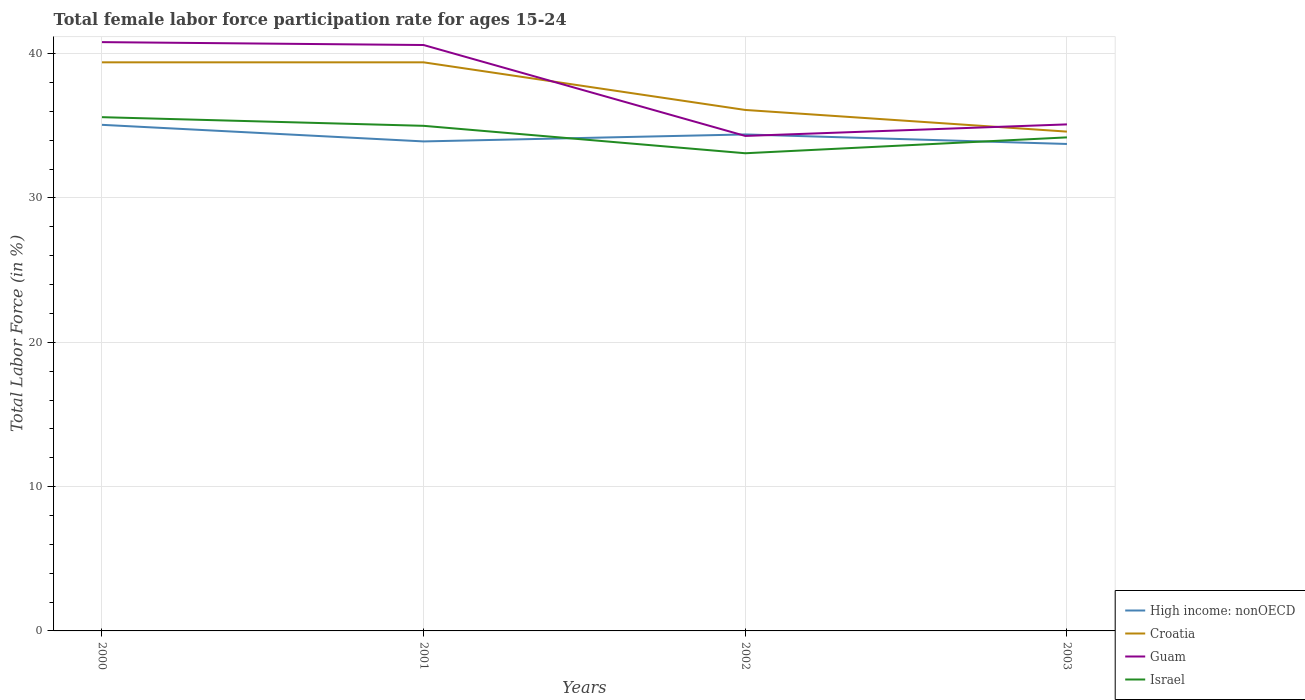
| Years | High income: nonOECD | Croatia | Guam | Israel |
 | --- | --- | --- | --- | --- |
 | 2000 | 35.1 | 39.4 | 40.8 | 35.6 |
 | 2001 | 33.9 | 39.4 | 40.6 | 35 |
 | 2002 | 34.4 | 36.1 | 34.3 | 33.1 |
 | 2003 | 33.7 | 34.6 | 35.1 | 34.2 |